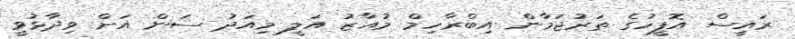
ރައީސް އޮފީހުގެ ތަރުޖަމާން އިބްރާހިމް މުއާޒު އަލީ މިއަދު ސަން އަށް ވިދާޅުވީ